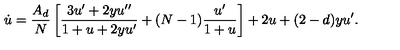
\dot { u } = \frac { A _ { d } } { N } \left[ \frac { 3 u ^ { \prime } + 2 y u ^ { \prime \prime } } { 1 + u + 2 y u ^ { \prime } } + ( N - 1 ) \frac { u ^ { \prime } } { 1 + u } \right] + 2 u + ( 2 - d ) y u ^ { \prime } .